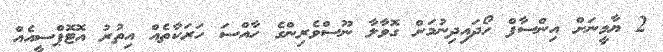
2 ޔާމީނަށް އިންސާފް ހޯދައިދިނުމަށް ގޮވާލާ ނޫސްވެރިންގެ ހާއްސަ ހަރަކާތެއް އިތުރު އޮޓޮޕްސީއެއް